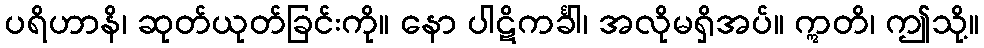
ပရိဟာနိ၊ ဆုတ်ယုတ်ခြင်းကို။ နော ပါဋိကင်္ခါ၊ အလိုမရှိအပ်။ ဣတိ၊ ဤသို့။